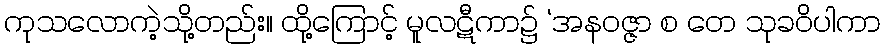
ကုသလောကဲ့သို့တည်း။ ထို့ကြောင့် မူလဋီကာ၌ ‘အနဝဇ္ဇာ စ တေ သုခဝိပါကာ